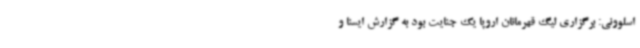
اسلوونی: برگزاری لیگ قهرمانان اروپا یک جنایت بود به گزارش ایسنا و